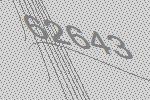
62643